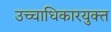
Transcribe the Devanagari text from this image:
उच्चाधिकारयुक्त